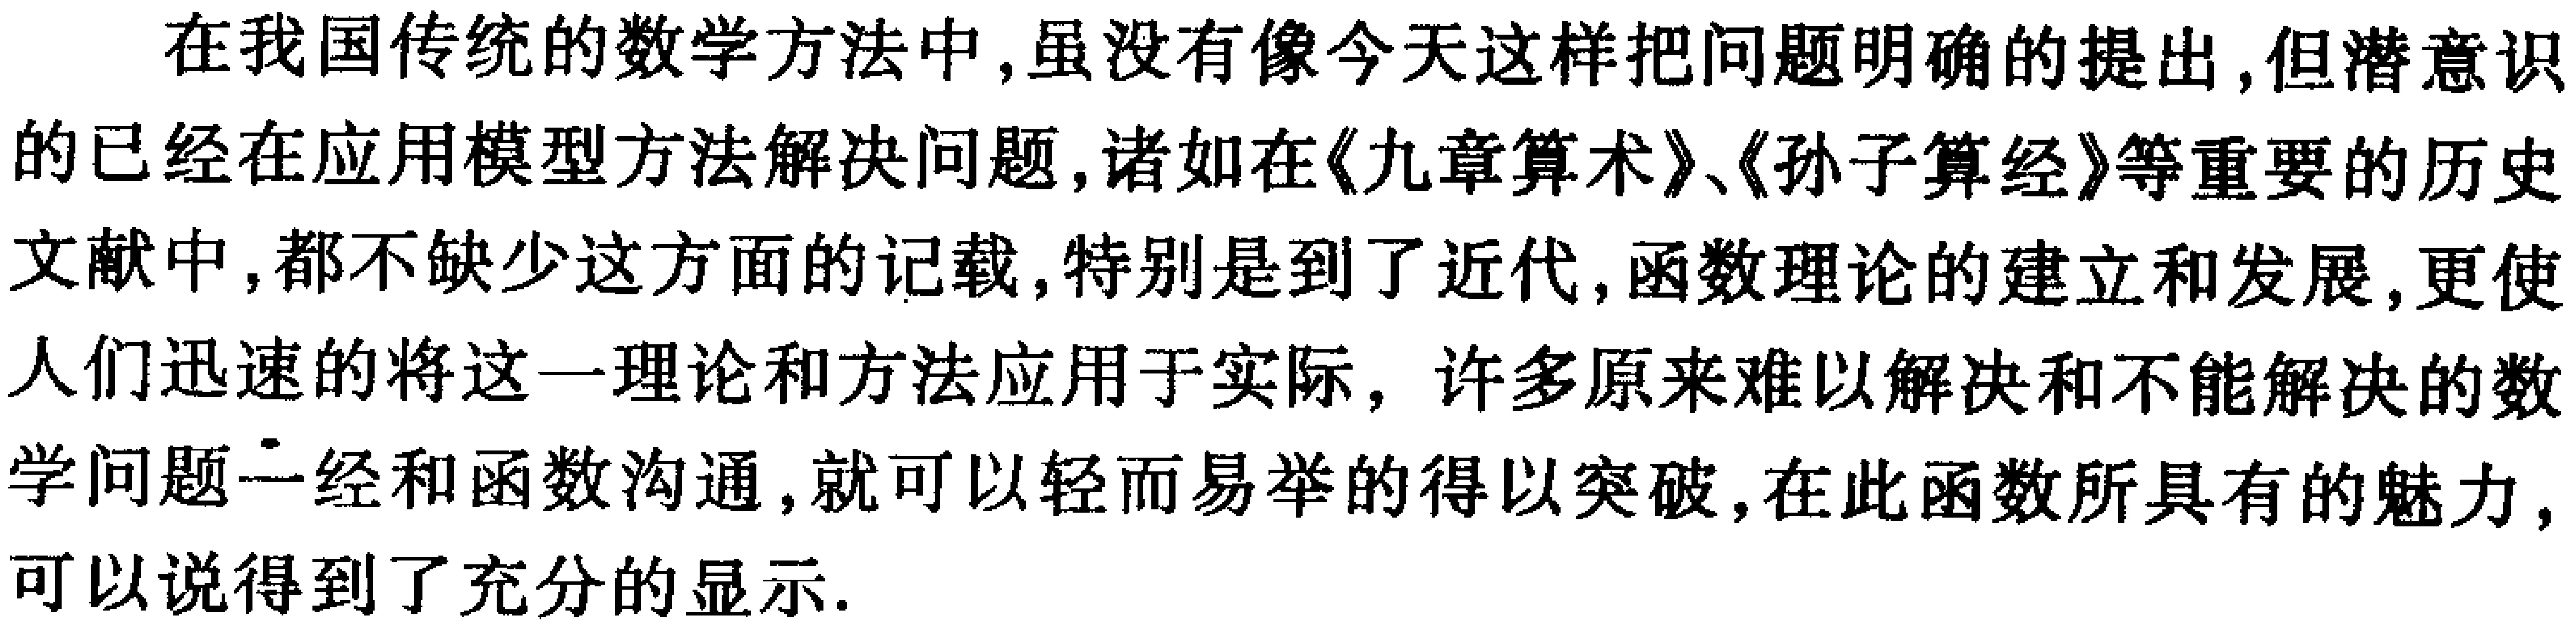
在我国传统的数学方法中,虽没有像今天这样把问题明确的提出,但潜意识的已经在应用模型方法解决问题,诸如在《九章算术》、《孙子算经》等重要的历史文献中,都不缺少这方面的记载,特别是到了近代,函数理论的建立和发展,更使人们迅速的将这一理论和方法应用于实际，许多原来难以解决和不能解决的数学问题一经和函数沟通,就可以轻而易举的得以突破,在此函数所具有的魅力,可以说得到了充分的显示.